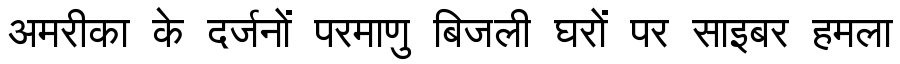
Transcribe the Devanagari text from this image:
अमरीका के दर्जनों परमाणु बिजली घरों पर साइबर हमला